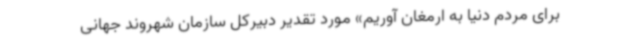
برای مردم دنیا به ارمغان آوریم» مورد تقدیر دبیرکل سازمان شهروند جهانی